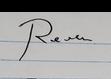
Signature authenticity: forged